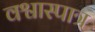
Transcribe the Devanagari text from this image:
वश्वास्पात्र